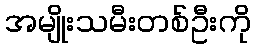
အမျိုးသမီးတစ်ဦးကို